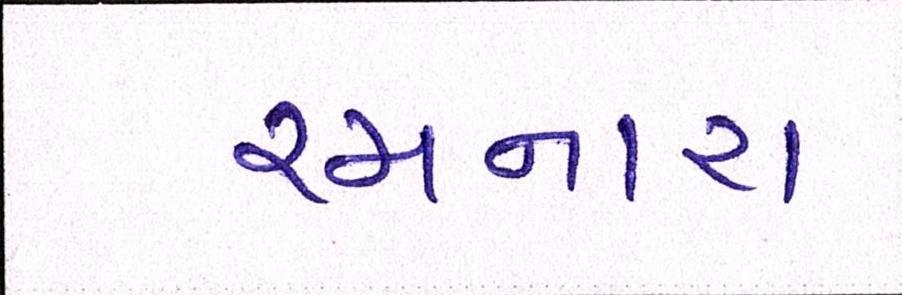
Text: રચનારા